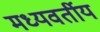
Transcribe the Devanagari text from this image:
मध्यवर्तीय